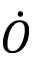
\dot { O }